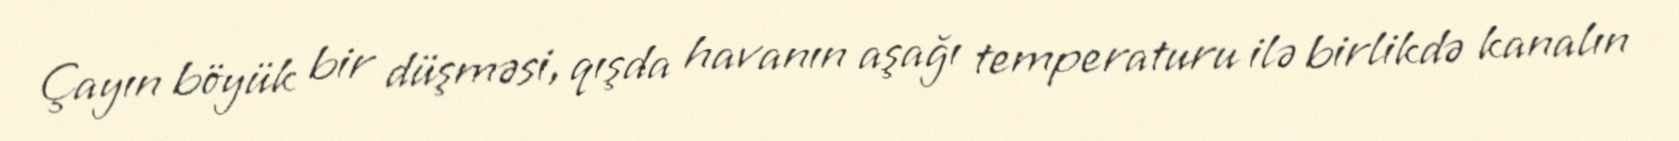
Çayın böyük bir düşməsi, qışda havanın aşağı temperaturu ilə birlikdə kanalın